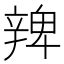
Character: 𨐜